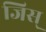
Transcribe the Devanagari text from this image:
जिस्